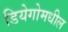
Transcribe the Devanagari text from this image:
डियेगोमधील